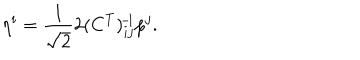
\eta ^ { i } = \frac { 1 } { \sqrt { 2 } } 2 ( C ^ { T } ) _ { i j } ^ { \! - \! 1 } p ^ { j } .